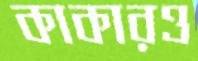
কাকারও